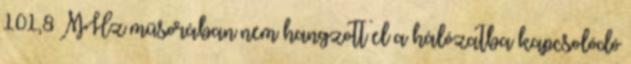
101,8 MHz műsorában nem hangzott el a hálózatba kapcsolódó